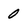
Character: 0